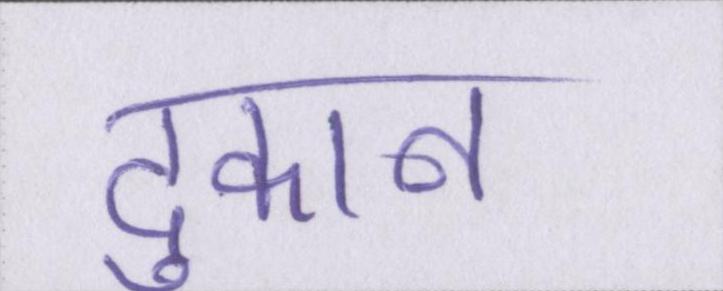
दुकान